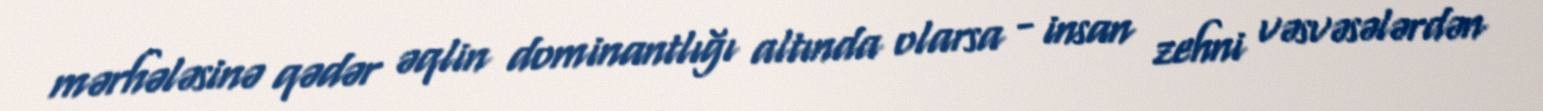
mərhələsinə qədər əqlin dominantlığı altında olarsa - insan zehni vəsvəsələrdən